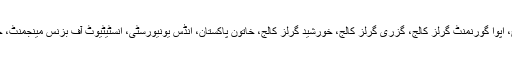
ان میں آئی اوبی ایم، بحریہ یونیورسٹی، سینٹ جوزف گرلز کالج، اپوا گورنمنٹ گرلز کالج، گزری گرلز کالج، خورشید گرلز کالج، خاتون پاکستان، انڈس یونیورسٹی، انسٹیٹیوٹ آف بزنس مینجمنٹ، جناح میڈیکل اینڈ ڈینٹل کالج اور جناح یونیورسٹی برائے طالبات۔